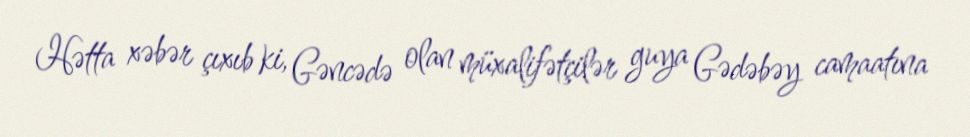
Hətta xəbər çıxıb ki, Gəncədə olan müxalifətçilər guya Gədəbəy camaatına